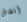
أفضل